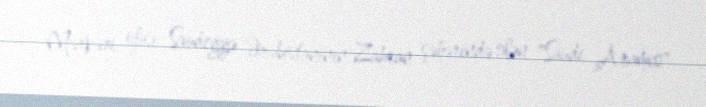
Mərkəzi ofisi Səudiyyə Ərəbistanının Zahran şəhərində olan "Saudi Aramco"